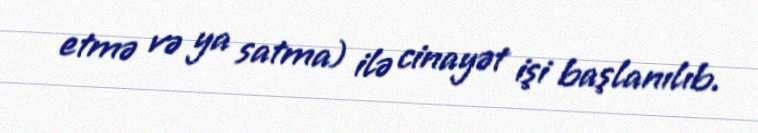
etmə və ya satma) ilə cinayət işi başlanılıb.